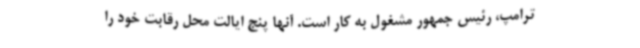
ترامپ، رئیس جمهور مشغول به کار است. آنها پنج ایالت محل رقابت خود را